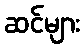
ဆင်များ